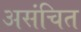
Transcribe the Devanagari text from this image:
असंचित